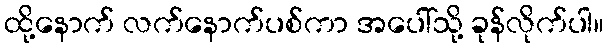
ထို့နောက် လက်နောက်ပစ်ကာ အပေါ်သို့ ခုန်လိုက်ပါ။